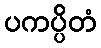
ပကပ္ပိတံ